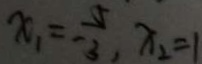
x _ { 1 } = - \frac { 5 } { 3 } , x _ { 2 } = 1